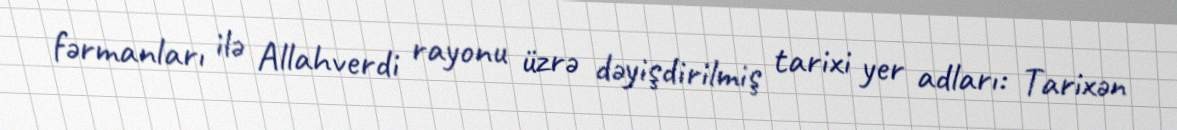
fərmanları ilə Allahverdi rayonu üzrə dəyişdirilmiş tarixi yer adları: Tarixən